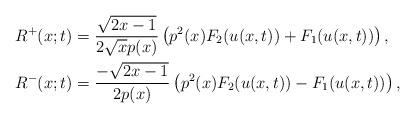
LaTeX: \begin{align*}&R^+(x;t)=\frac{\sqrt{2x-1}}{2\sqrt{x}p(x)}\left(p^2(x)F_2(u(x,t))+F_1(u(x,t))\right),\\&R^-(x;t)=\frac{-\sqrt{2x-1}}{2p(x)}\left(p^2(x)F_2(u(x,t))-F_1(u(x,t))\right),\end{align*}